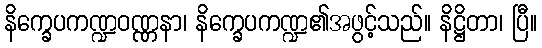
နိက္ခေပကဏ္ဍဝဏ္ဏနာ၊ နိက္ခေပကဏ္ဍ၏အဖွင့်သည်။ နိဋ္ဌိတာ၊ ပြီ။